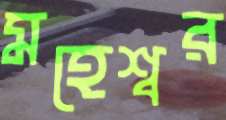
মহেশ্বর